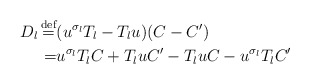
\begin{align*}D_{l}\mathop{=}^\textnormal{def}&(u^{\sigma_l}T_l-T_lu)(C-C')\\=&u^{\sigma_l}T_lC+T_luC'-T_luC-u^{\sigma_l}T_lC'\end{align*}